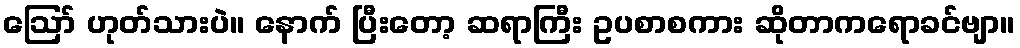
ဪ ဟုတ်သားပဲ။ နောက် ပြီးတော့ ဆရာကြီး ဥပစာစကား ဆိုတာကရောခင်ဗျာ။